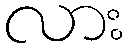
လား